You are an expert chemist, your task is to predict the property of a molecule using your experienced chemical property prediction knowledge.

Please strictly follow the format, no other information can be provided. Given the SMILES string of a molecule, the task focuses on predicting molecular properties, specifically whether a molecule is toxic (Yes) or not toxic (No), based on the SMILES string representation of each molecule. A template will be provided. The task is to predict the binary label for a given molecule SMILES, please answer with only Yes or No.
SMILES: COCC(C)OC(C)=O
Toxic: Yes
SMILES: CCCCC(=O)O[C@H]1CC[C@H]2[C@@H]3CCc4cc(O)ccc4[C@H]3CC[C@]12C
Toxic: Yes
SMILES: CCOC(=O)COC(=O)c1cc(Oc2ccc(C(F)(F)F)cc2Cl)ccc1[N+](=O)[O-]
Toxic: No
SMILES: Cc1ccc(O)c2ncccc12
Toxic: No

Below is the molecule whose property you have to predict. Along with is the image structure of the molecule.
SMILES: O=C1NCCN1
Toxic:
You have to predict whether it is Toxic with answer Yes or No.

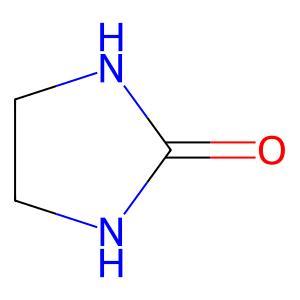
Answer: No